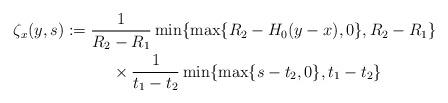
LaTeX: \begin{align*} & \zeta_x(y,s):=\frac{1}{R_2-R_1}\min\{\max\{R_2-H_0(y-x),0\},R_2-R_1\}\\ & \qquad\qquad\qquad\times\frac{1}{t_1-t_2}\min\{\max\{s-t_2,0\},t_1-t_2\}\end{align*}